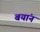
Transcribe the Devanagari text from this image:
बयांन